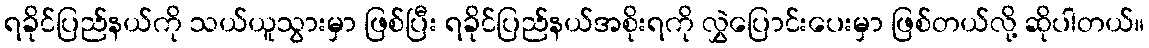
ရခိုင်ပြည်နယ်ကို သယ်ယူသွားမှာ ဖြစ်ပြီး ရခိုင်ပြည်နယ်အစိုးရကို လွှဲပြောင်းပေးမှာ ဖြစ်တယ်လို့ ဆိုပါတယ်။